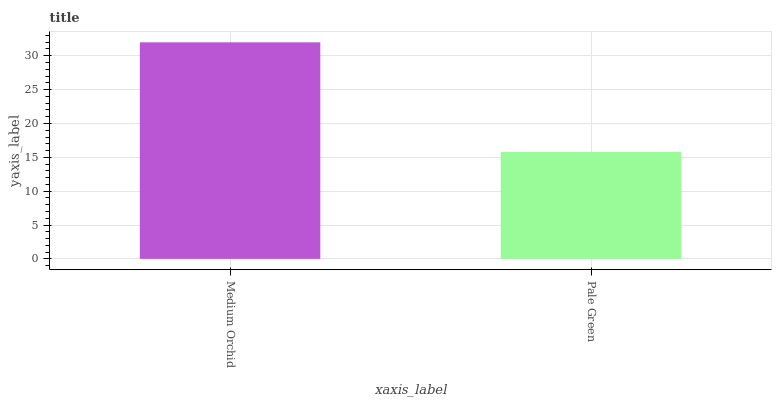
| xaxis_label | bars |
 | --- | --- |
 | Medium Orchid | 32 |
 | Pale Green | 15.8 |